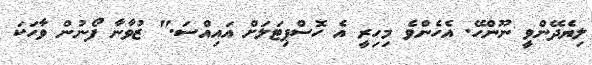
ލިޔެދޭންވީ ނޫންހޭ. އެހެންވެ މިހިރީ އެ ހޮސްޕިޓަލަށް އައިއްސަ." ޒުވާނާ ފޯނުން ވާހަކަ